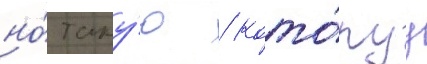
но́ таку́ю / кото́руу